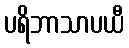
ပရိဘာသာပယီ